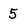
Character: 5